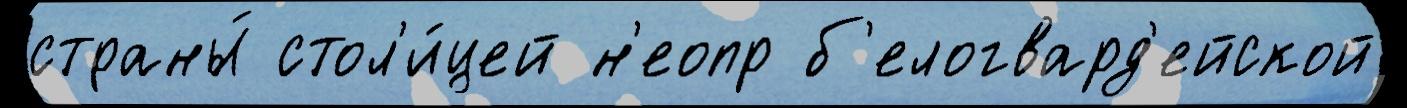
страны́ стол'и́цей н'еопр б'елогвард'ейской